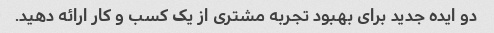
دو ایده جدید برای بهبود تجربه مشتری از یک کسب و کار ارائه دهید.